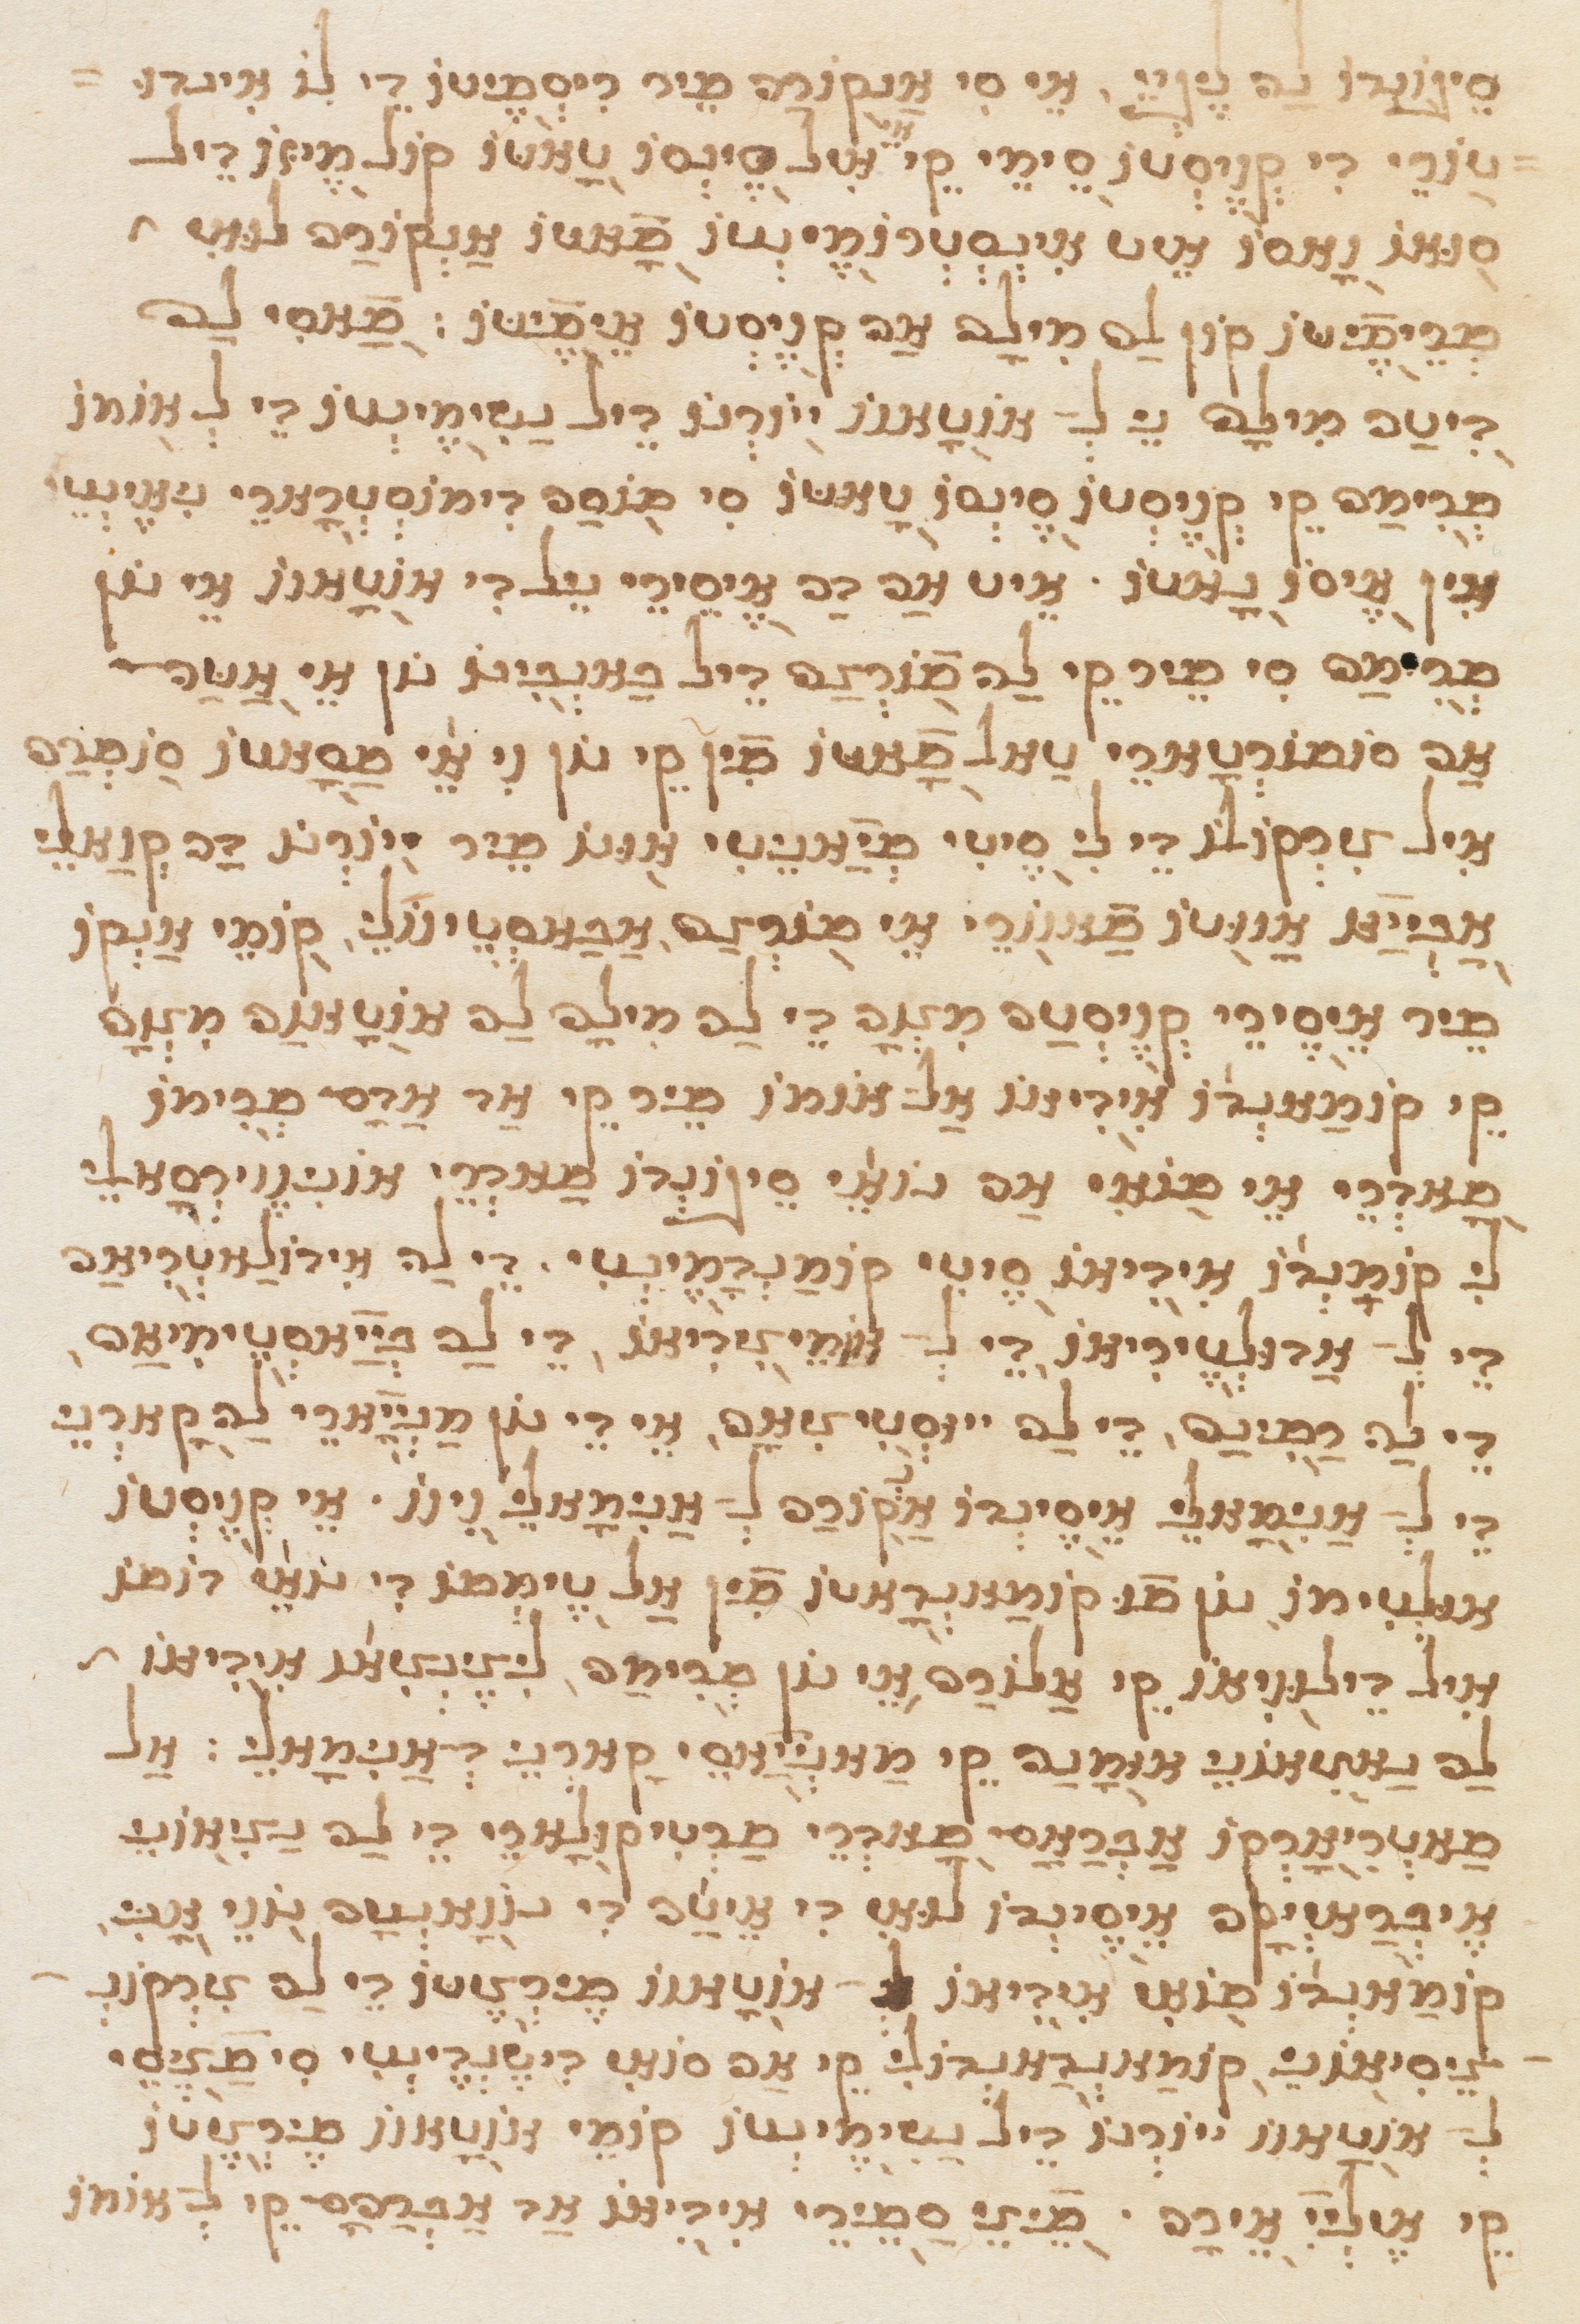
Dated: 1565–1599